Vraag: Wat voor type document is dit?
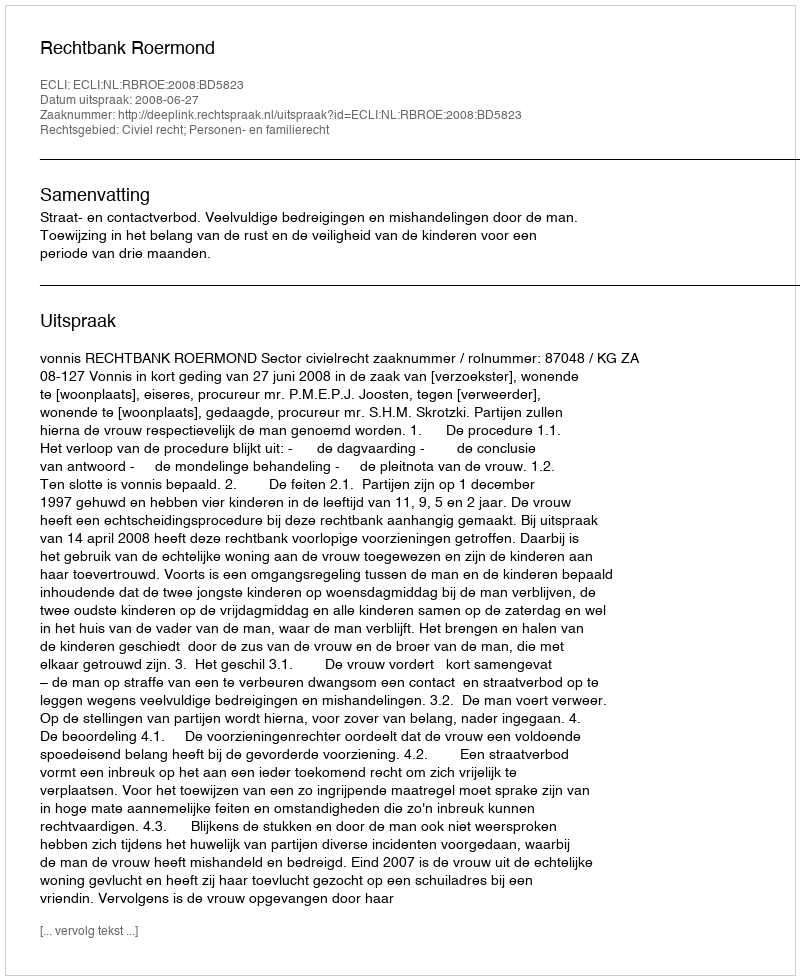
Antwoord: Uitspraak